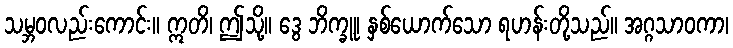
သမ္ဘဝလည်းကောင်း။ ဣတိ၊ ဤသို့။ ဒွေ ဘိက္ခူ၊ နှစ်ယောက်သော ရဟန်းတို့သည်။ အဂ္ဂသာဝကာ၊